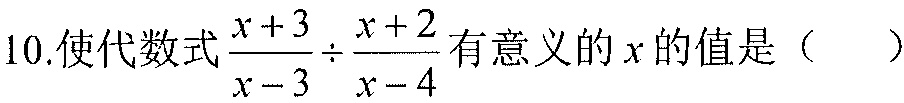
10.使代数式\(\frac{x + 3}{x - 3}\div\frac{x + 2}{x - 4}\)有意义的\(x\)的值是（  ）